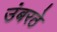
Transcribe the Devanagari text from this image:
उंबरठे